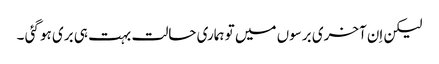
لیکن اِن آخری برسوں میں تو ہماری حالت بہت ہی بری ہو گئی ۔